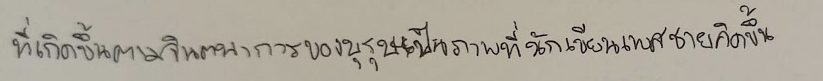
ที่เกิดขึ้นตามจินตนาการของบุรุษเป็นภาพที่นักเขียนเพศชายคิดขึ้น